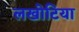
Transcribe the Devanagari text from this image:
लखोटिया